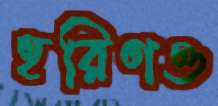
হরিণও